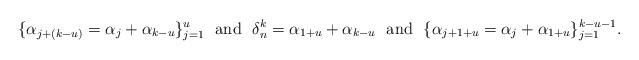
LaTeX: \begin{align*} \{\alpha_{j+(k-u)}= \alpha_j+\alpha_{k-u}\}_{j=1}^{u} \ \ \mbox{and} \ \ \delta_{n}^k=\alpha_{1+u}+\alpha_{k-u} \ \ \mbox{and} \ \ \{\alpha_{j+1+u} = \alpha_{j} + \alpha_{1+u} \}_{j=1}^{k-u-1}. \end{align*}